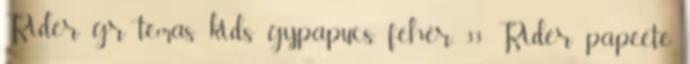
Rider gr temas kids gy.papucs, fehér, 33 Rider papeete